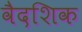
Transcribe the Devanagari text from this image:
वैदशिक